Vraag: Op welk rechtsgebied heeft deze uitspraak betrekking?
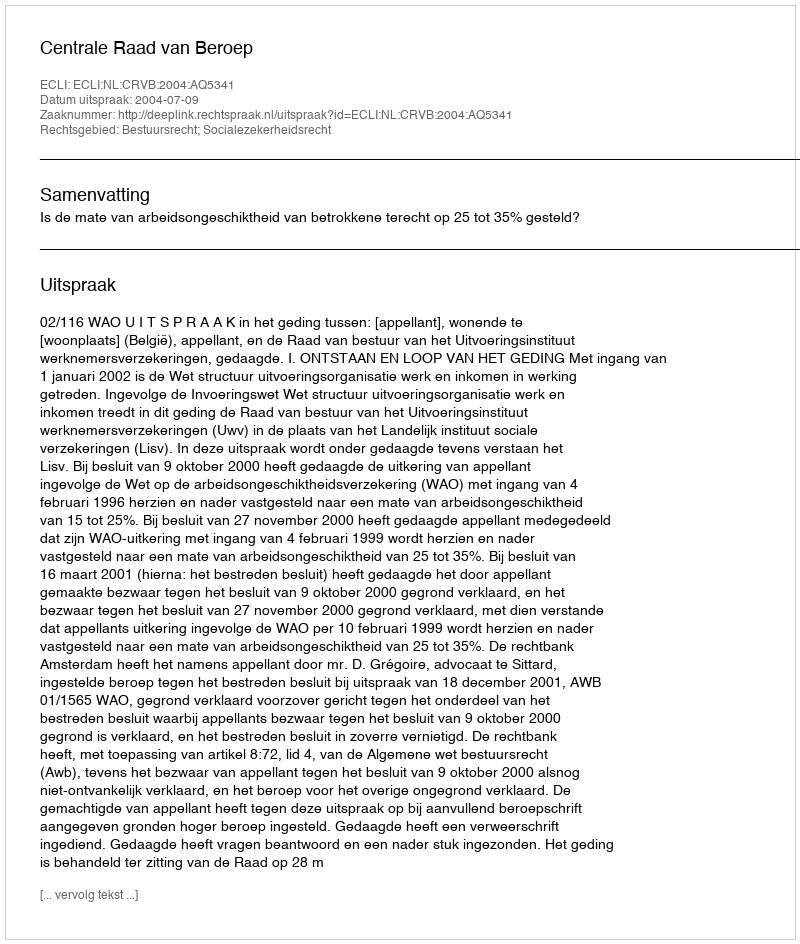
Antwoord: Bestuursrecht; Socialezekerheidsrecht